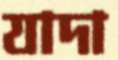
যাদা